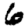
Digit: 6